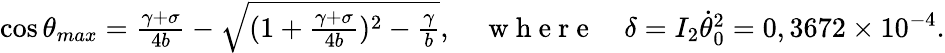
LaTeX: \begin{array}{r}{\cos\theta_{max}=\frac{\gamma+\sigma}{4b}-\sqrt{(1+\frac{\gamma+\sigma}{4b})^{2}-\frac{\gamma}{b}},\quad\mathrm{~w~h~e~r~e~}\quad\delta=I_{2}\dot{\theta}_{0}^{2}=0,3672\times 10^{-4}.}\end{array}